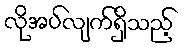
လိုအပ်လျက်ရှိသည့်